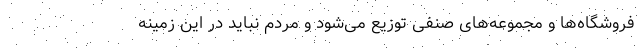
فروشگاه‌ها و مجموعه‌های صنفی توزیع می‌شود و مردم نباید در این زمینه